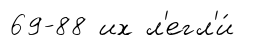
69-88 их л'егл'и́